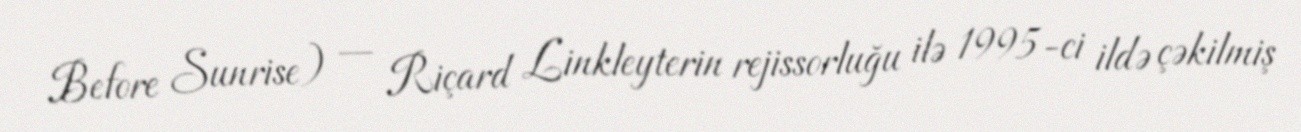
Before Sunrise) — Riçard Linkleyterin rejissorluğu ilə 1995-ci ildə çəkilmiş